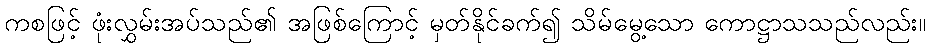
ကစဖြင့် ဖုံးလွှမ်းအပ်သည်၏ အဖြစ်ကြောင့် မှတ်နိုင်ခက်၍ သိမ်မွေ့သော ကောဋ္ဌာသသည်လည်း။